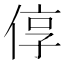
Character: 𫢷